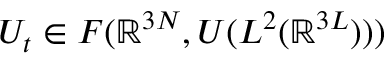
U _ { t } \in { \cal F } ( \mathbb { R } ^ { 3 N } , { \cal U } ( L ^ { 2 } ( \mathbb { R } ^ { 3 L } ) ) )